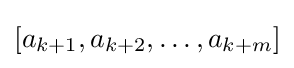
[a_{k+1},a_{k+2},\dots ,a_{k+m}]